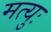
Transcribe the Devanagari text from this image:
मत्युः